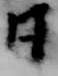
日